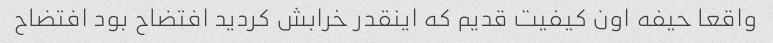
واقعا حیفه اون کیفیت قدیم که اینقدر خرابش کردید افتضاح بود افتضاح